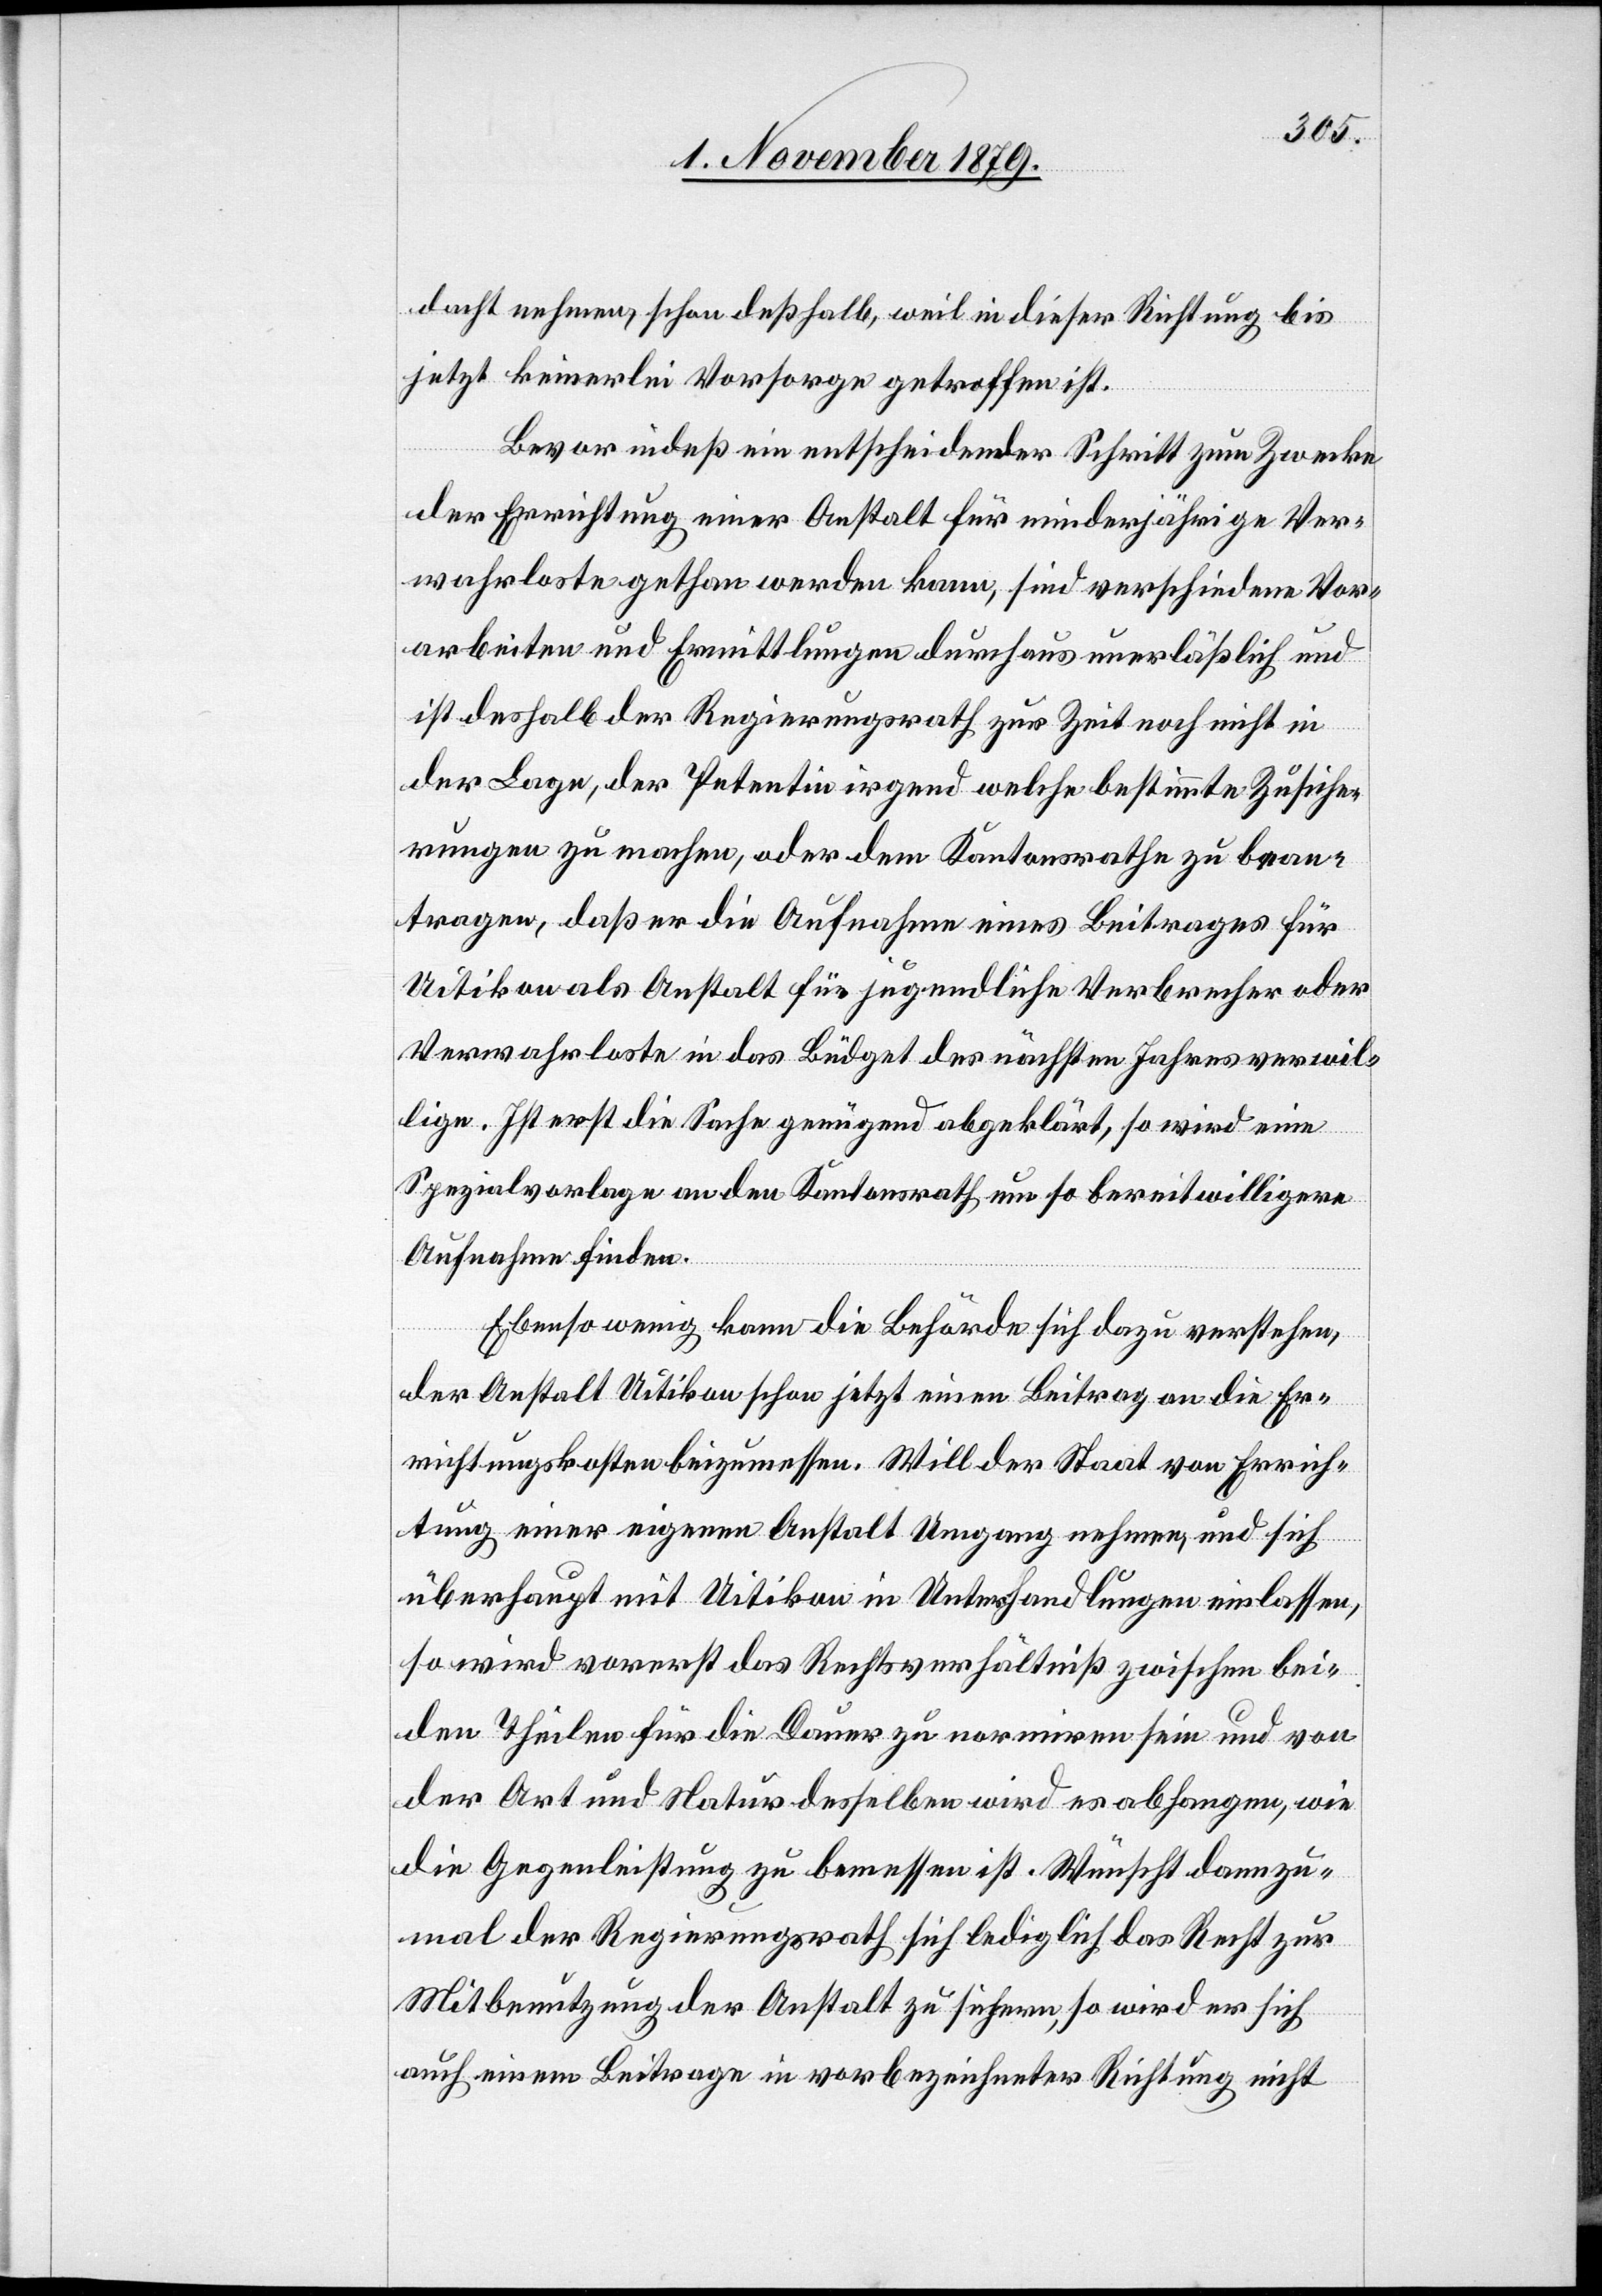
dacht nehmen, schon deßhalb, weil in dieser Richtung bis
jetzt keinerlei Vorsorge getroffen ist.
Bevor indeß ein entscheidender Schritt zum Zwecke
der Errichtung einer Anstalt für minderjährige Ver¬
wahrloste gethan werden kann, sind verschiedene Vor¬
arbeiten und Ermittlungen durchaus unerläßlich und
ist deshalb der Regierungsrath zur Zeit noch nicht in
der Lage, der Petentin irgend welche bestimmte Zusiche¬
rungen zu machen, oder dem Kantonsrathe zu bean¬
tragen, daß er die Aufnahme eines Beitrages für
Uitikon als Anstalt für jugendliche Verbrecher oder
Verwahrloste in das Büdget des nächsten Jahres verwil¬
lige. Ist erst die Sache genügend abgeklärt, so wird eine
Spezialvorlage an den Kantonsrath um so bereitwilligere
Aufnahme finden.
Ebenso wenig kann die Behörde sich dazu verstehen,
der Anstalt Uitikon schon jetzt einen Beitrag an die Er¬
richtungskosten beizumessen. Will der Staat von Errich¬
tung einer eigenen Anstalt Umgang nehmen, und sich
überhaupt mit Uitikon in Unterhandlungen einlassen,
so wird vorerst das Rechtsverhältniß zwischen bei¬
den Theilen für die Dauer zu normiren sein und von
der Art und Weise desselben wird es abhangen, wie
die Gegenleistung zu bemessen ist. Wünscht dann zu¬
mal der Regierungsrath sich lediglich das Recht zur
Mitbenutzung der Anstalt zu sichern, so wird er sich
auch einem Beitrage in vorbezeichneter Richtung nicht